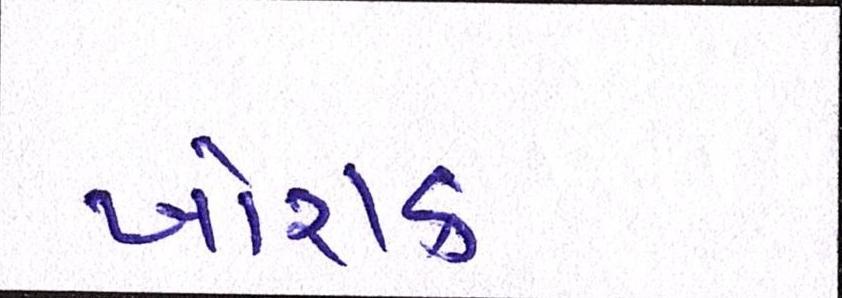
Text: ખોરાક